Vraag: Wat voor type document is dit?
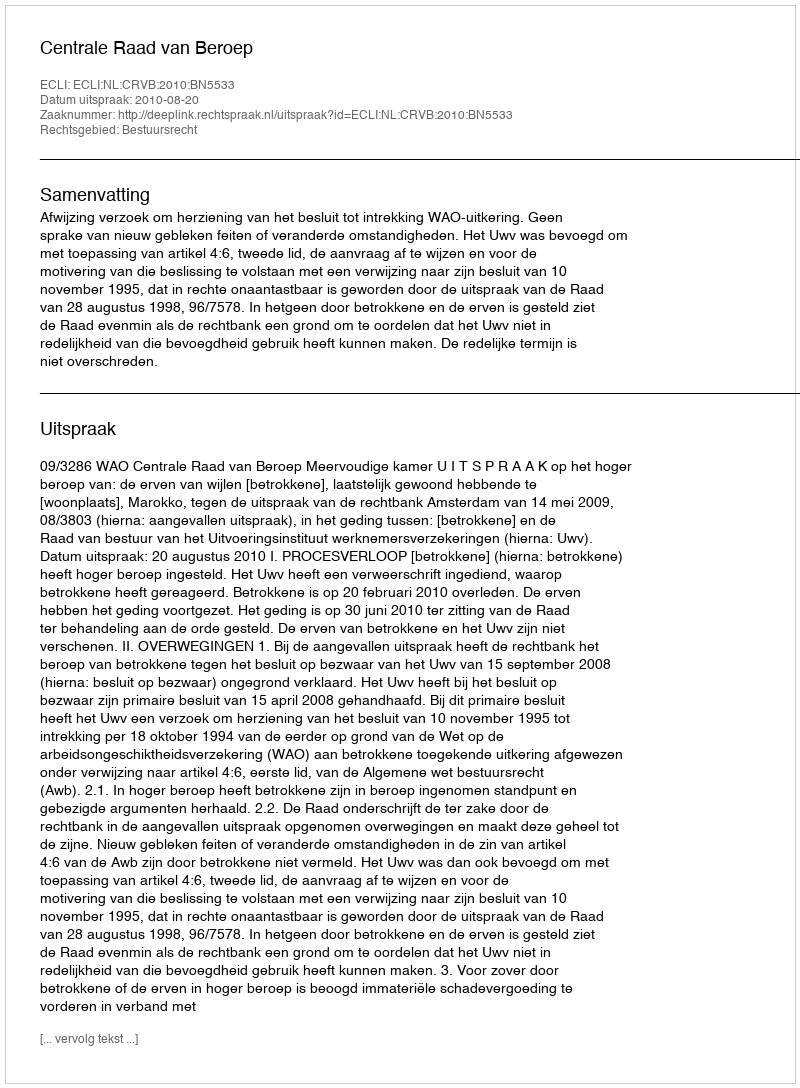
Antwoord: Uitspraak